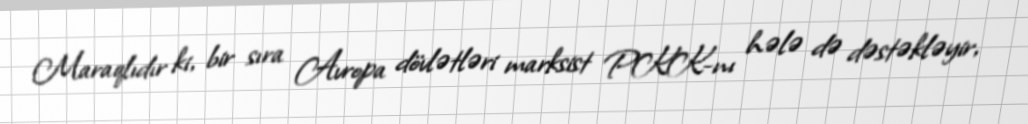
Maraqlıdır ki, bir sıra Avropa dövlətləri marksist PKK-nı hələ də dəstəkləyir,